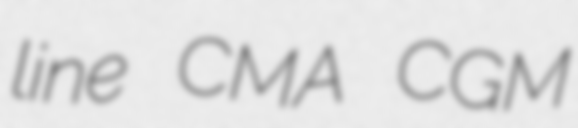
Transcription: line CMA CGM